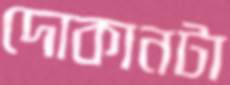
দোকানটা